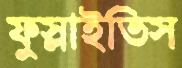
ফুস্‌লাইতিস